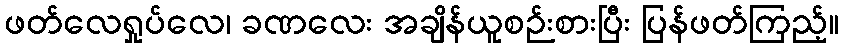
ဖတ်လေရှုပ်လေ၊ ခဏလေး အချိန်ယူစဉ်းစားပြီး ပြန်ဖတ်ကြည့်။